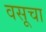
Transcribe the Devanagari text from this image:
वसूचा